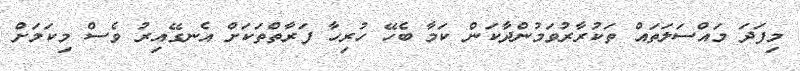
މިފަދަ މައްސަލަތައް ތަކުރާރުވަމުންދާކަން ކަމާ ބެހޭ ހުރިހާ ފަރާތްތަކަށް އެނގޭއިރު ވެސް މިކަމަށް